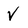
Character: V